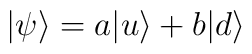
|\psi\rangle =  a |u\rangle + b |d\rangle